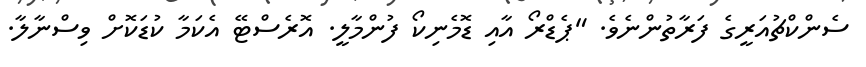
ސެންކްޗުއަރީގެ ފަރާތުންނެވެ. "ޕެޑްރޯ އާއި ޑޮމެނިކޯ ފުންމާލީ. އޮރެސްޓޭ އެކަމާ ކުޑަކޮށް ވިސްނާލާ.